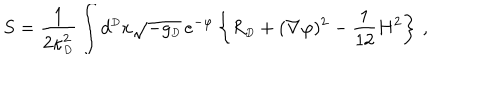
S = { \frac { 1 } { 2 \kappa _ { \scriptscriptstyle { D } } ^ { 2 } } } \int d ^ { \scriptscriptstyle { D } } x \sqrt { - g _ { \scriptscriptstyle { D } } } \, e ^ { - \varphi } \left\{ R _ { \scriptscriptstyle { D } } + ( \nabla \varphi ) ^ { 2 } - { \frac { 1 } { 1 2 } } H ^ { 2 } \right\} \, ,